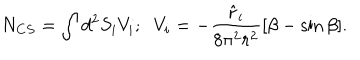
LaTeX: N _ { C S } = \int d ^ { 2 } S _ { i } V _ { i } ; \; \; V _ { i } = - \frac { \hat { r } _ { i } } { 8 \pi ^ { 2 } r ^ { 2 } } [ \beta - \sin \beta ] .